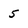
Character: 5